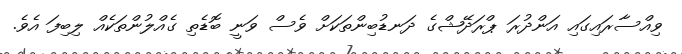
ވިއްސާރައިގައި އަންދުރަ ޕްރަދޭޝްގެ ދަނޑުބިންތަކަށް ވެސް ވަނީ ބޮޑެތި ގެއްލުންތަކެއް ލިބިފަ އެވެ.